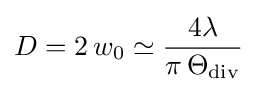
D=2\,w_{0}\simeq {\frac {4\lambda }{\pi \,\Theta _{\mathrm {div} }}}